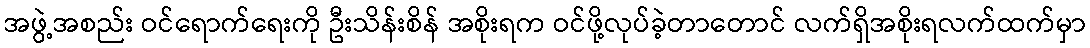
အဖွဲ့အစည်း ဝင်ရောက်ရေးကို ဦးသိန်းစိန် အစိုးရက ဝင်ဖို့လုပ်ခဲ့တာတောင် လက်ရှိအစိုးရလက်ထက်မှာ